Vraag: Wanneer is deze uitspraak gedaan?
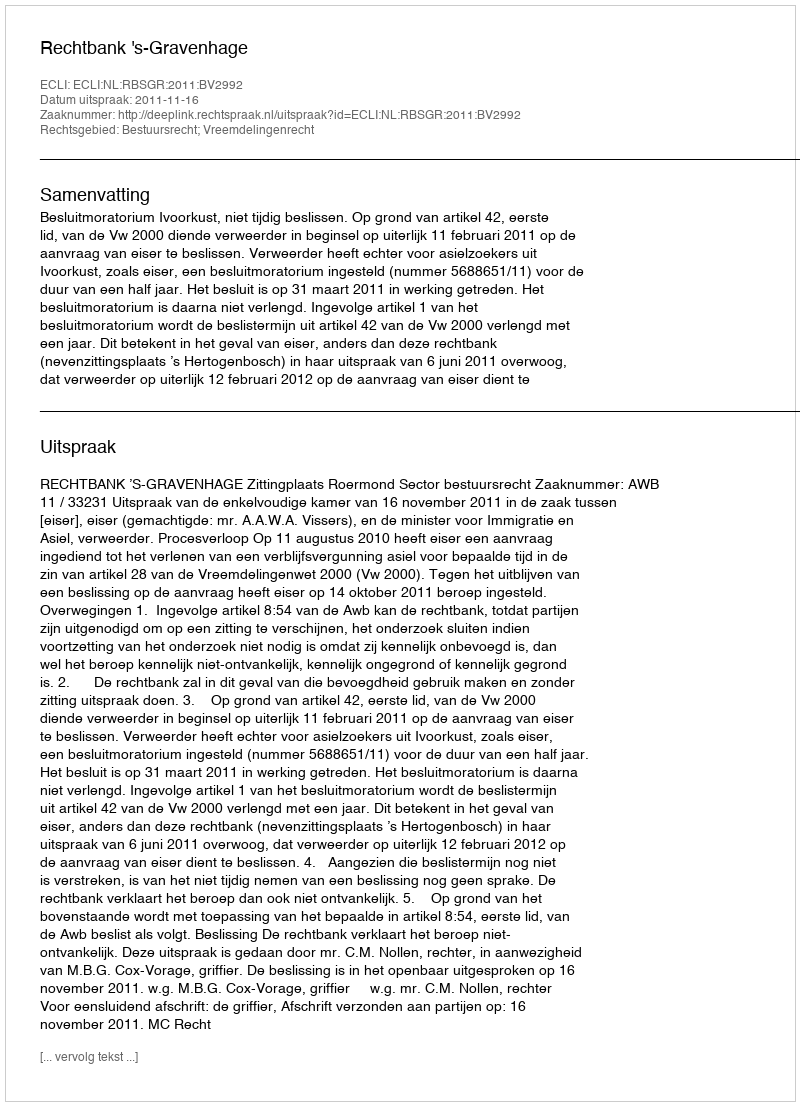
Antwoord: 2011-11-16